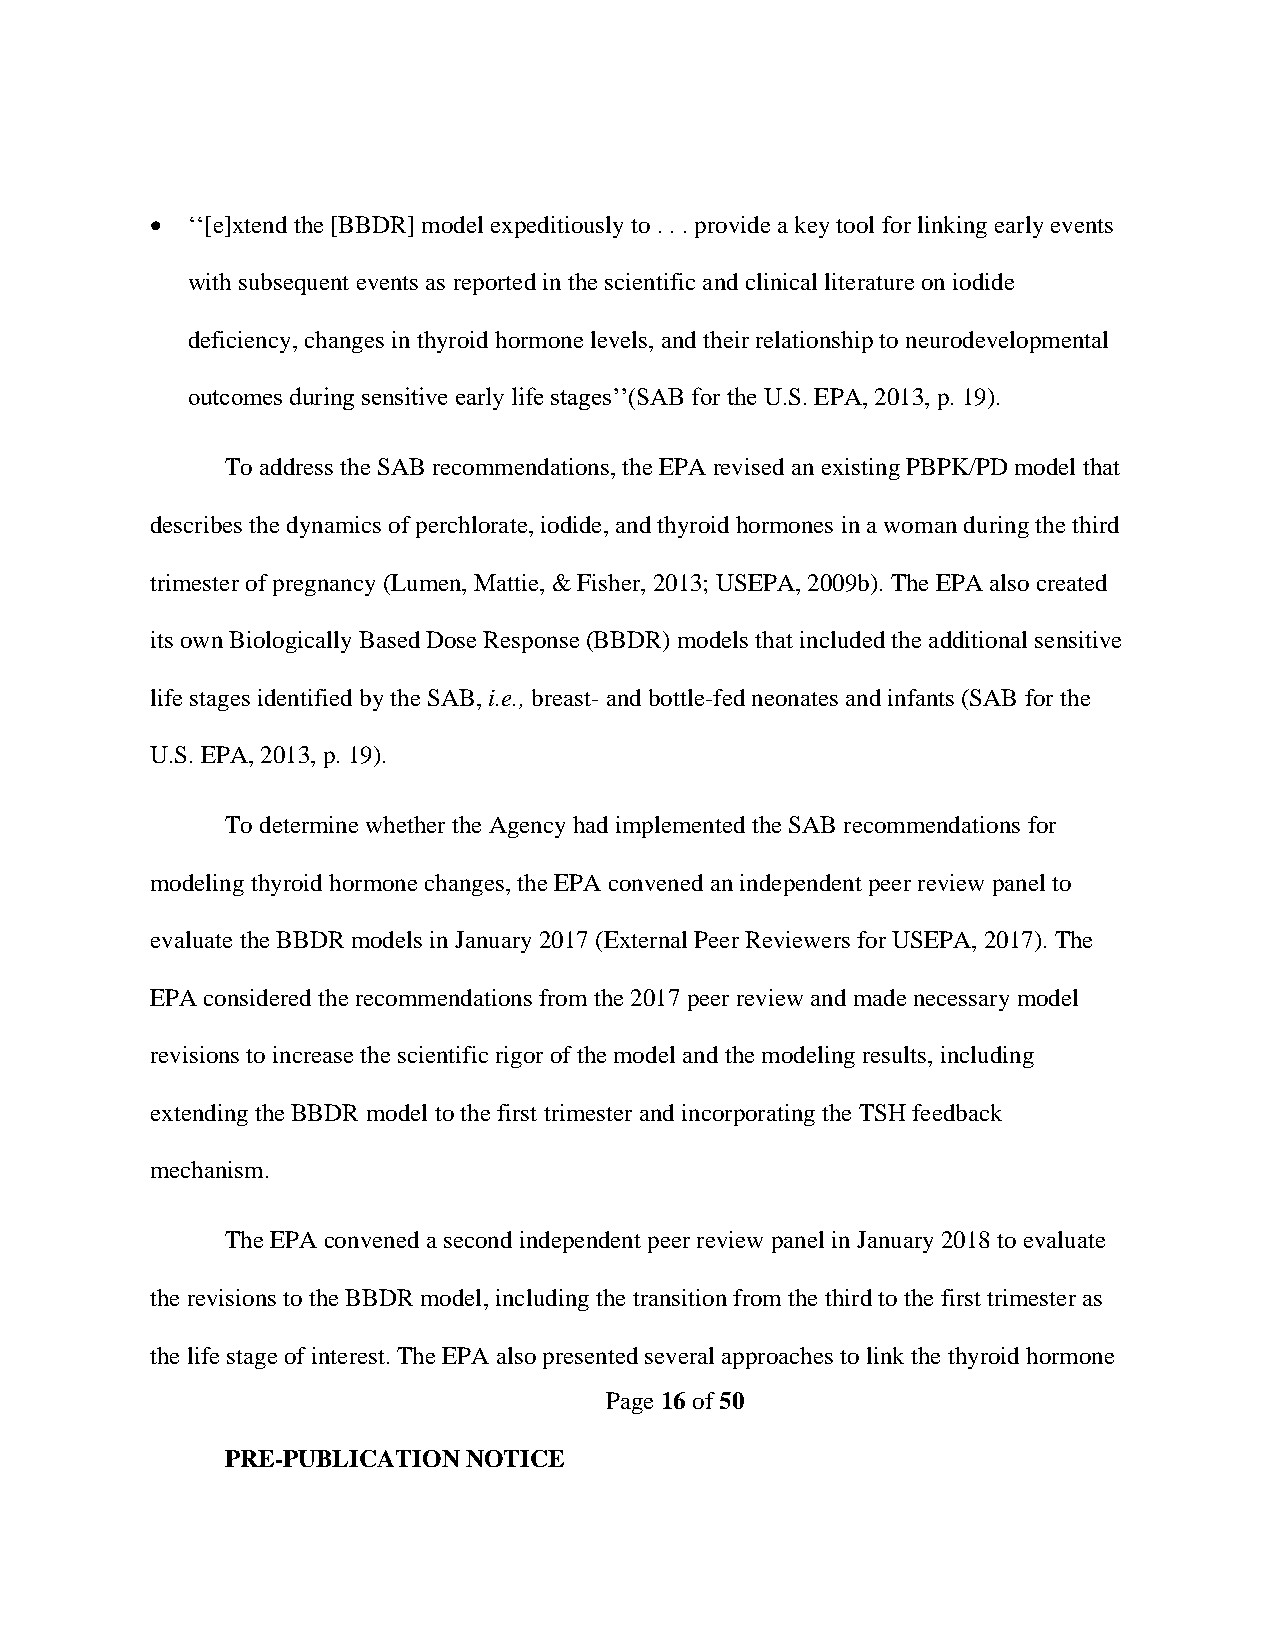
• ‘‘[e]xtend the [BBDR] model expeditiously to . . . provide a key tool for linking early events
 with subsequent events as reported in the scientific and clinical literature on iodide
 deficiency, changes in thyroid hormone levels, and their relationship to neurodevelopmental
 outcomes during sensitive early life stages’’(SAB for the U.S. EPA, 2013, p. 19).
 To address the SAB recommendations, the EPA revised an existing PBPK/PD model that
 describes the dynamics of perchlorate, iodide, and thyroid hormones in a woman during the third
 trimester of pregnancy (Lumen, Mattie, & Fisher, 2013; USEPA, 2009b). The EPA also created
 its own Biologically Based Dose Response (BBDR) models that included the additional sensitive
 life stages identified by the SAB, i.e., breast- and bottle-fed neonates and infants (SAB for the
 U.S. EPA, 2013, p. 19).
 To determine whether the Agency had implemented the SAB recommendations for
 modeling thyroid hormone changes, the EPA convened an independent peer review panel to
 evaluate the BBDR models in January 2017 (External Peer Reviewers for USEPA, 2017). The
 EPA considered the recommendations from the 2017 peer review and made necessary model
 revisions to increase the scientific rigor of the model and the modeling results, including
 extending the BBDR model to the first trimester and incorporating the TSH feedback
 mechanism.
 The EPA convened a second independent peer review panel in January 2018 to evaluate
 the revisions to the BBDR model, including the transition from the third to the first trimester as
 the life stage of interest. The EPA also presented several approaches to link the thyroid hormone
 Page 16 of 50
 PRE-PUBLICATION NOTICE